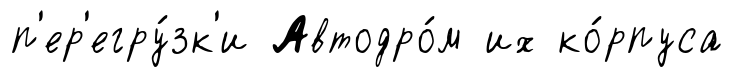
п'ер'егру́зк'и Автодро́м их ко́рпуса